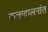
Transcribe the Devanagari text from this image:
कलादालनांत